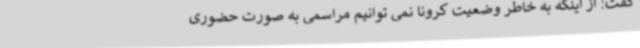
گفت: از اینکه به خاطر وضعیت کرونا نمی توانیم مراسمی به صورت حضوری